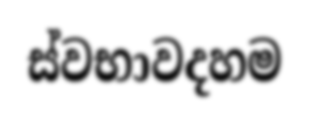
ස්වභාවදහම